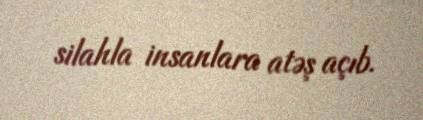
silahla insanlara atəş açıb.